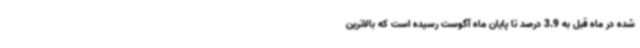
شده در ماه قبل به 3.9 درصد تا پایان ماه آگوست رسیده است که بالاترین